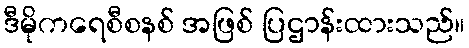
ဒီမိုကရေစီစနစ် အဖြစ် ပြဌာန်းထားသည်။